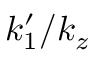
k _ { 1 } ^ { \prime } / k _ { z }